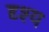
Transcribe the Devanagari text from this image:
दृश्‍य